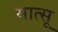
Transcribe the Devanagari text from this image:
मात्सू